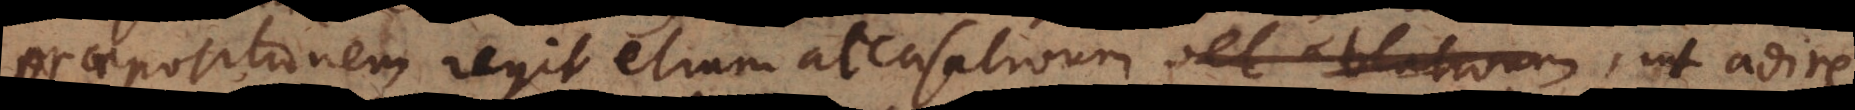
praepositionem regit etiam accusativum, ut adire